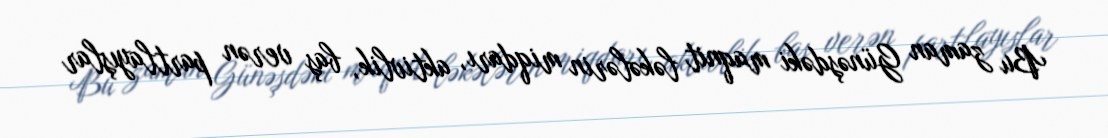
Bu zaman Günəşdəki maqnit ləkələrin miqdarı, aktivlik, baş verən partlayışlar